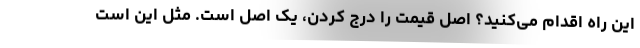
این راه اقدام می‌کنید؟ اصل قیمت را درج کردن، یک اصل است. مثل این است